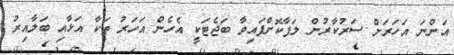
އަންނަ އަހަރަށް ސަރުކާރުން ލަފާކޮށްފައިވާ ބަޖެޓަކީ އެހެން އަހަރު ތަކާ އަޅާއި ބަލާއިރު